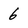
Character: 6